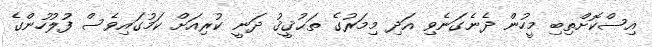
އިސްކޮށްތިބި މީހުން ދެނެގަނެވި އަދި މިމަރުގެ ތަޙުޤީޤު ދަނީ ކުރިއަށް ކަމުގައިވެސް ފުލުހުންގެ